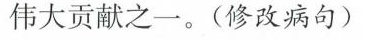
伟大贡献之一。(修改病句)